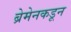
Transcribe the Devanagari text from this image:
ब्रेमेनकडून